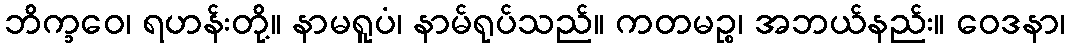
ဘိက္ခဝေ၊ ရဟန်းတို့။ နာမရူပံ၊ နာမ်ရုပ်သည်။ ကတမဉ္စ၊ အဘယ်နည်း။ ဝေဒနာ၊